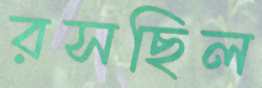
রসছিল